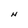
Character: N